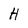
Character: H